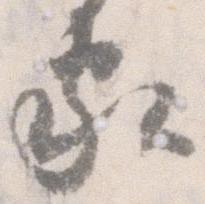
家